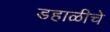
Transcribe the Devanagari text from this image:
डहाळीचे